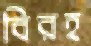
বিরহ